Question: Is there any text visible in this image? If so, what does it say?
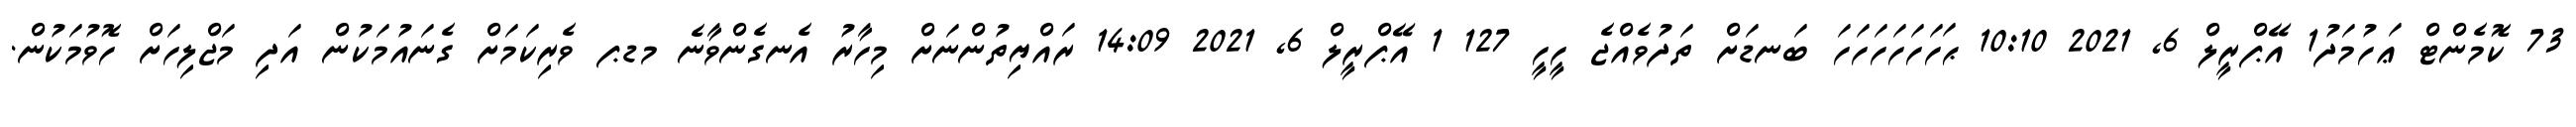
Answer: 73 ކޮމެންޓް ޢަހުމަދު1 އޭޕްރީލް 6, 2021 10:10 ޙަހަހަހަހަހަހަ ބަނޑަށް ތަދުވެއްޖެ ހީހީ 127 1 އޭޕްރީލް 6, 2021 14:09 ރައްޔިތުންނަށް މިހާރު އެނގެންވާނެ މޑޕ ވެރިކަމަށް ގެނައުމަކުން އަދި މަޖްލިހަށް ހޮވުމަކުން.